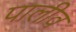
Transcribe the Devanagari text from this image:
पालीव